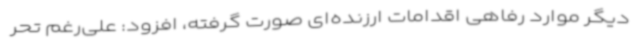
دیگر موارد رفاهی اقدامات ارزنده‌ای صورت گرفته، افزود: علی‌رغم تحر